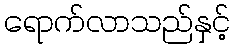
ရောက်လာသည်နှင့်